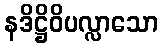
နဒိဋ္ဌိဝိပလ္လာသော